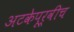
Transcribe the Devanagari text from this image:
अटकेपूर्वीच